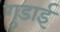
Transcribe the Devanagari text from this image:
गुडाई